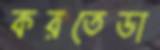
করতেডা